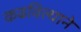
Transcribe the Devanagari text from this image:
कढविल्याने